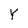
Character: Y